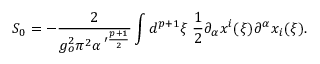
S _ { 0 } = - \frac { 2 } { g _ { o } ^ { 2 } \pi ^ { 2 } \alpha ^ { \, \prime \frac { p + 1 } { 2 } } } \int d ^ { p + 1 } \xi \; \frac { 1 } { 2 } \partial _ { \alpha } x ^ { i } ( \xi ) \partial ^ { \alpha } x _ { i } ( \xi ) .